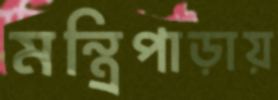
মন্ত্রিপাড়ায়